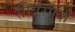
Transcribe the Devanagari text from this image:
सोत्रेस्गुदो